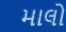
માલો